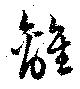
離